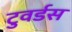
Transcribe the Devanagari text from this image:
टुवर्डस